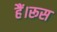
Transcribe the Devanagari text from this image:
हैं।रूस